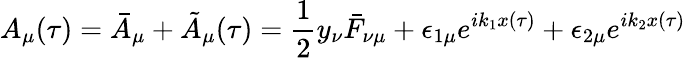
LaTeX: A_{\mu}(\tau)=\bar{A}_{\mu}+\tilde{A}_{\mu}(\tau)=\frac{1}{2}y_{\nu}\bar{F}_{\nu\mu}+\epsilon_{1\mu}e^{ik_{1}x(\tau)}+\epsilon_{2\mu}e^{ik_{2}x(\tau)}